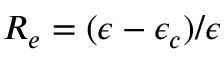
R _ { e } = ( \epsilon - \epsilon _ { c } ) / \epsilon